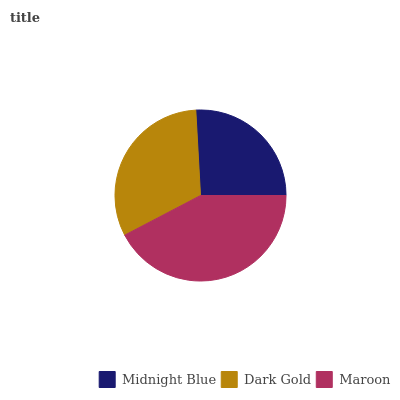
| Midnight Blue | Dark Gold | Maroon |
 | --- | --- | --- |
 | 25.9% | 31.8% | 42.3% |